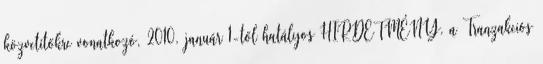
közvetítőkre vonatkozó, 2010. január 1-től hatályos HIRDETMÉNY. a Tranzakciós